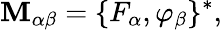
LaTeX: \mathbf{M}_{\alpha\beta}=\{ F_{\alpha},\varphi_{\beta}\} ^{*},